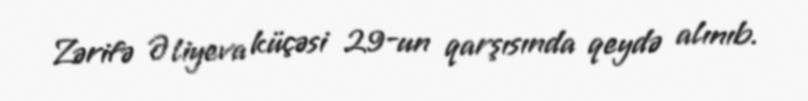
Zərifə Əliyeva küçəsi 29-un qarşısında qeydə alınıb.